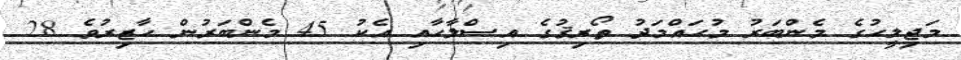
މަޖިލީހުގެ މެންބަރު މުހައްމަދު ތޯރިޤުގެ އިސްލާހާއި އެކު 45 މެންބަރުން ހާޒިރުވެ 28